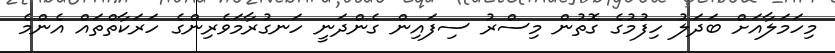
މިހަމަލާއަށް ބަދަލު ހިފުމުގެ ގޮތުން މިސްރު ސިފައިން ގެންދަނީ ހަނގުރާމަވެރިންގެ ހަރަކާތްތައް އެންމެ